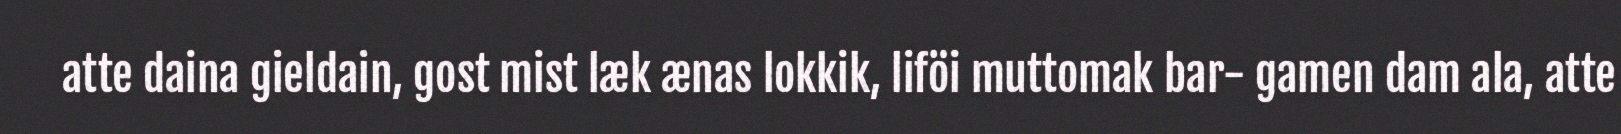
atte daina gieldain, gost mist læk ænas lokkik, liföi muttomak bar- gamen dam ala, atte